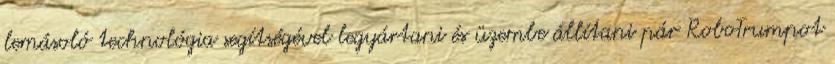
lemásoló technológia segítségével legyártani és üzembe állítani pár RoboTrumpot